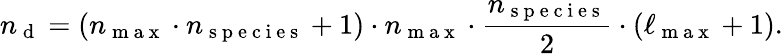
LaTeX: n_{\mathrm{~d~}}=(n_{\mathrm{~m~a~x~}}\cdot n_{\mathrm{~s~p~e~c~i~e~s~}}+1)\cdot n_{\mathrm{~m~a~x~}}\cdot\frac{n_{\mathrm{~s~p~e~c~i~e~s~}}}{2}\cdot(\ell_{\mathrm{~m~a~x~}}+1).